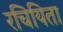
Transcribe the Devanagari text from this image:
रचियिता